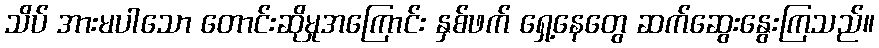
သိပ် အားမပါသော တောင်းဆိုမှုအကြောင်း နှစ်ဖက် ရှေ့နေတွေ ဆက်ဆွေးနွေးကြသည်။